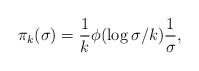
LaTeX: \begin{align*}\pi_k(\sigma)=\frac{1}{k}\phi(\log \sigma/k)\frac{1}{\sigma},\end{align*}